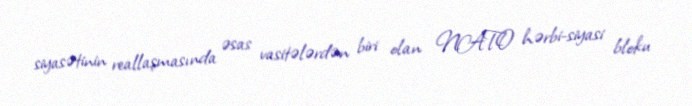
siyasətinin reallaşmasında əsas vasitələrdən biri olan NATO hərbi-siyasi bloku